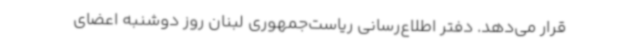
قرار می‌دهد. دفتر اطلاع‌رسانی ریاست‌جمهوری لبنان روز دوشنبه اعضای